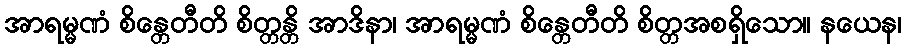
အာရမ္မဏံ စိန္တေတီတိ စိတ္တန္တိ အာဒိနာ၊ အာရမ္မဏံ စိန္တေတီတိ စိတ္တအစရှိသော။ နယေန၊